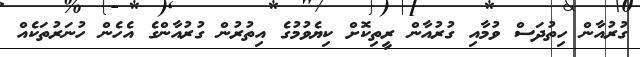
ގުރުއާން ހިތުދަސް ވުމާއި ގުރުއާން ރީތިކޮށް ކިޔެވުމުގެ އިތުރުން ގުރުއާންގެ އެހެން ހުނަރުތަކެއް